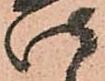
仕